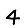
Digit: 4